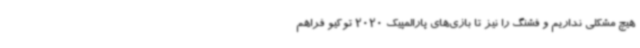
هیچ مشکلی نداریم و فشنگ را نیز تا بازی‌های پارالمپیک 2020 توکیو فراهم